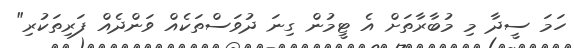
ހަމަ ސީދާ މި މުބާރާތަށް އެ ޓީމުން ގިނަ ދުވަސްތަކެއް ވަންދެއް ފަރިތަކުރި"